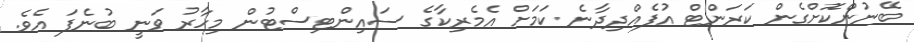
ބޭނުންކޮށްގެން ކަރަންޓް އުފެއްދިދާނެ ކަމަށް އެމެރިކާގެ ސައިންޓިސްޓުން މިހާރު ވަނީ ބުނެފަ އެވެ.